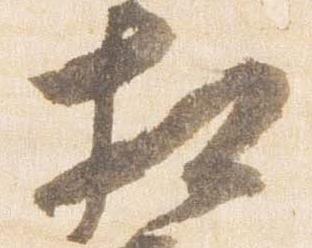
相